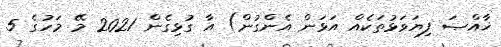
ޚާއްޞަ ފިޔަވަޅުތަކެއް އަޅަން އެންގުން) އާ ގުޅިގެން 2021 މޭ މަހުގެ 5